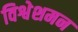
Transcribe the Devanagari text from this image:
विश्वेशमन